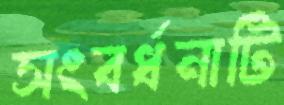
সংবর্ধনাটি